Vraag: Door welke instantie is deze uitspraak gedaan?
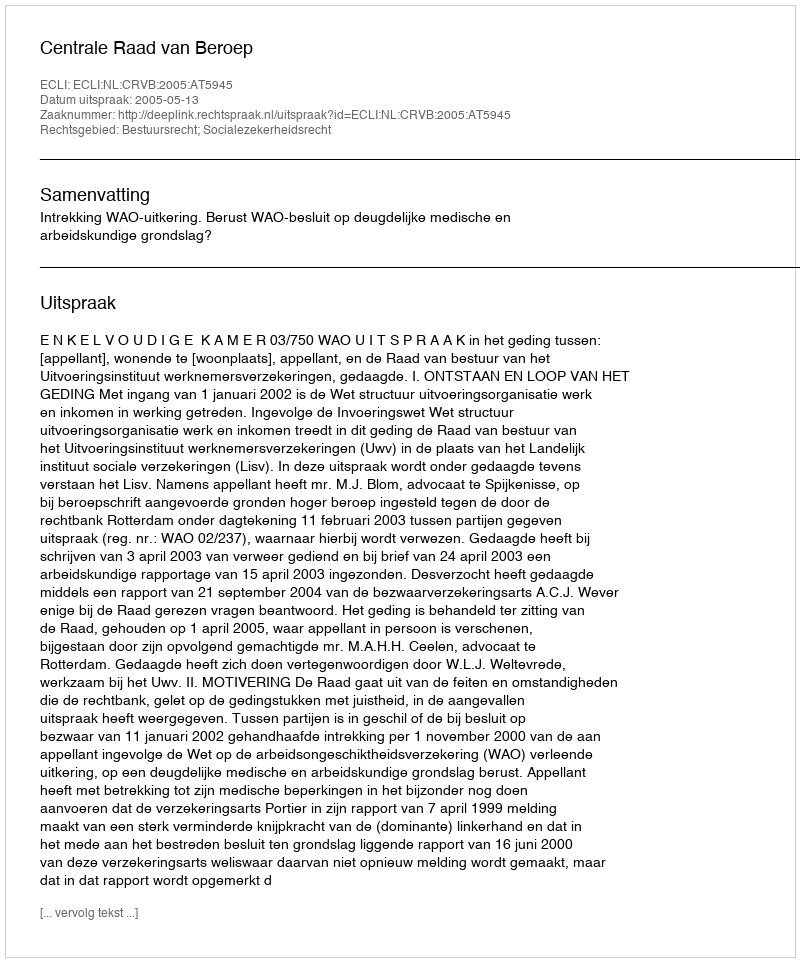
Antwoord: Centrale Raad van Beroep